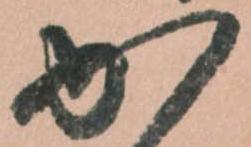
か